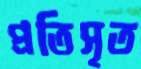
প্রতিসৃত